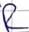
Text: R